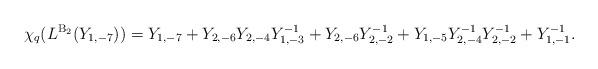
LaTeX: \begin{align*}\chi_q(L^{\mathrm{B}_2}(Y_{1, -7}))=Y_{1, -7}+Y_{2, -6}Y_{2, -4}Y_{1, -3}^{-1}+Y_{2, -6}Y_{2, -2}^{-1}+Y_{1, -5}Y_{2, -4}^{-1}Y_{2, -2}^{-1}+Y_{1, -1}^{-1}.\end{align*}